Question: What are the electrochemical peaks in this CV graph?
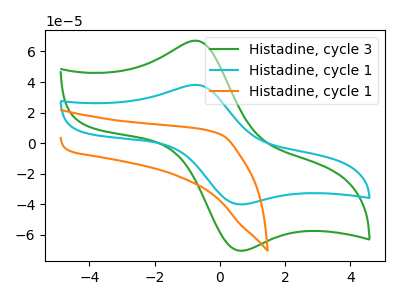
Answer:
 <answer>The green curve "Histadine, cycle 3" has an anodic peak at (-0.75V, 67.05uA) and a cathodic peak at (0.60V, -70.35uA). The cyan curve "Histadine, cycle 1" has an anodic peak at (-0.75V, 38.15uA) and a cathodic peak at (0.60V, -40.05uA). The orange curve "Histadine, cycle 1" has no peaks.</answer>
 <eval></eval>